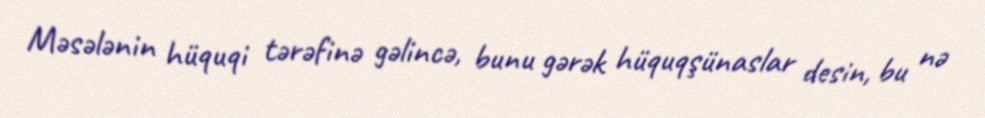
Məsələnin hüquqi tərəfinə gəlincə, bunu gərək hüquqşünaslar desin, bu nə